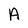
Character: A